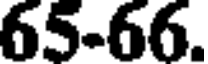
65-66.